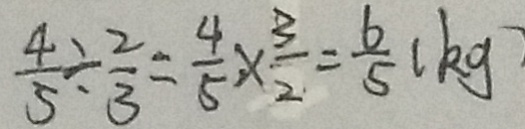
\frac { 4 } { 5 } \div \frac { 2 } { 3 } = \frac { 4 } { 5 } \times \frac { 3 } { 2 } = \frac { 6 } { 5 } ( k g )